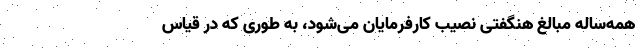
همه‌ساله مبالغ هنگفتی نصیب کارفرمایان می‌شود، به طوری که در قیاس